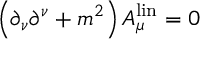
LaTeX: \left( \partial _ { \nu } \partial ^ { \nu } + m ^ { 2 } \right) A _ { \mu } ^ { \mathrm { l i n } } = 0